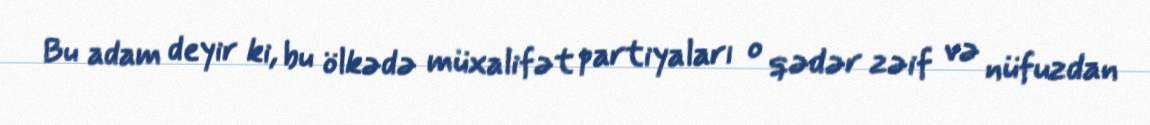
Bu adam deyir ki, bu ölkədə müxalifət partiyaları o qədər zəif və nüfuzdan